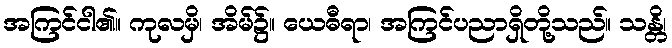
အကြင်ငါ၏။ ကုလမှိ၊ အိမ်၌။ ယေဓီရာ၊ အကြင်ပညာရှိတို့သည်။ သန္တိ၊